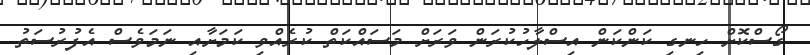
ގޯސްކޮށް ހިނގި ކަންކަން އިސްލާހުކުރަން ވަރަށް މަސައްކަތް ކުރެއްވި ކަމަށާއި ނަމަވެސް އެފުރުސަތު